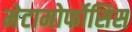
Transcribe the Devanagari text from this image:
मेटामोर्फोसिस